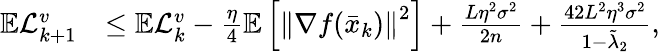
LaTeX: \begin{array}{rl}{\mathbb{E}\mathcal{L}_{k+1}^{v}}&{\leq\mathbb{E}\mathcal{L}_{k}^{v}-\frac{\eta}{4}\mathbb{E}\left[\left\Vert\nabla f(\bar{x}_{k})\right\Vert^{2}\right]+\frac{L\eta^{2}\sigma^{2}}{2n}+\frac{42L^{2}\eta^{3}\sigma^{2}}{1-\tilde{\lambda}_{2}},}\end{array}